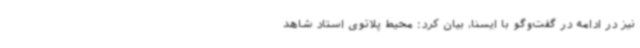
نیز در ادامه در گفت‌وگو با ایسنا، بیان کرد: محیط پلاتوی استاد شاهد